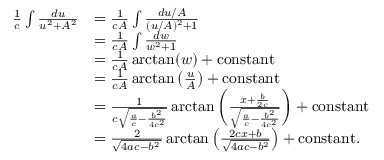
{ \begin{array} { r l } { { \frac { 1 } { c } } \int { \frac { d u } { u ^ { 2 } + A ^ { 2 } } } } & { = { \frac { 1 } { c A } } \int { \frac { d u / A } { ( u / A ) ^ { 2 } + 1 } } } \\ & { = { \frac { 1 } { c A } } \int { \frac { d w } { w ^ { 2 } + 1 } } } \\ & { = { \frac { 1 } { c A } } \arctan ( w ) + \mathrm { c o n s t a n t } } \\ & { = { \frac { 1 } { c A } } \arctan \left( { \frac { u } { A } } \right) + { \mathrm { c o n s t a n t } } } \\ & { = { \frac { 1 } { c { \sqrt { { \frac { a } { c } } - { \frac { b ^ { 2 } } { 4 c ^ { 2 } } } } } } } \arctan \left( { \frac { x + { \frac { b } { 2 c } } } { \sqrt { { \frac { a } { c } } - { \frac { b ^ { 2 } } { 4 c ^ { 2 } } } } } } \right) + { \mathrm { c o n s t a n t } } } \\ & { = { \frac { 2 } { \sqrt { 4 a c - b ^ { 2 } \, } } } \arctan \left( { \frac { 2 c x + b } { \sqrt { 4 a c - b ^ { 2 } } } } \right) + { \mathrm { c o n s t a n t } } . } \end{array} }